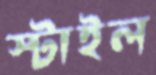
স্টাইল